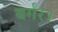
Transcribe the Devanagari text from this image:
बर्गर।